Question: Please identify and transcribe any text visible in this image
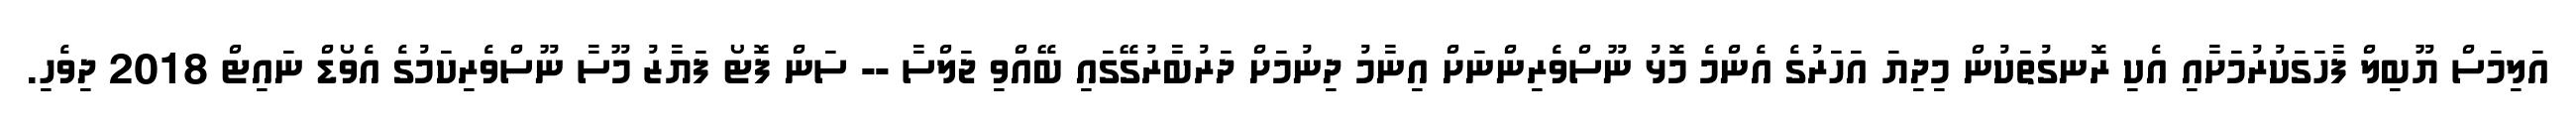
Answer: އަލިމަސް ޔޫބިލް ފާހަގަކުރުމަށާއި އެކި ރޮނގުތަކުން މިދިޔަ އަހަރުގެ އެންމެ މޮޅު ނޫސްވެރިންނަށް އިނާމު ދިނުމަށް ދަރުބާރުގޭގައި ބޭއްވި ޖަލްސާ -- ސަން ފޮޓޯ ފަޔާޒު މޫސާ ނޫސްވެރިކަމުގެ އެވޯޑް ނައިޓް 2018 ދިވެހި.